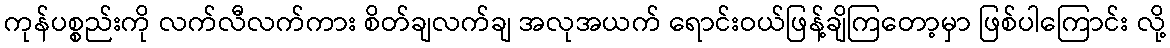
ကုန်ပစ္စည်းကို လက်လီလက်ကား စိတ်ချလက်ချ အလုအယက် ရောင်းဝယ်ဖြန့်ချိကြတော့မှာ ဖြစ်ပါကြောင်း လို့